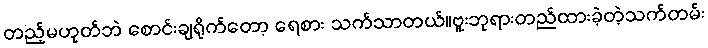
တည့်မဟုတ်ဘဲ စောင်းချရိုက်တော့ ရေစား သက်သာတယ်။ဗူးဘုရားတည်ထားခဲ့တဲ့သက်တမ်း